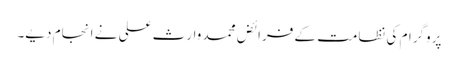
پروگرام کی نظامت کے فرائض محمد وارث علی نے انجام دیے۔